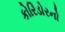
કોરિડોરનો